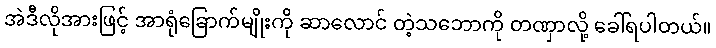
အဲဒီလိုအားဖြင့် အာရုံခြောက်မျိုးကို ဆာလောင် တဲ့သဘောကို တဏှာလို့ ခေါ်ရပါတယ်။